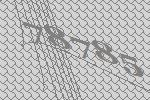
78785